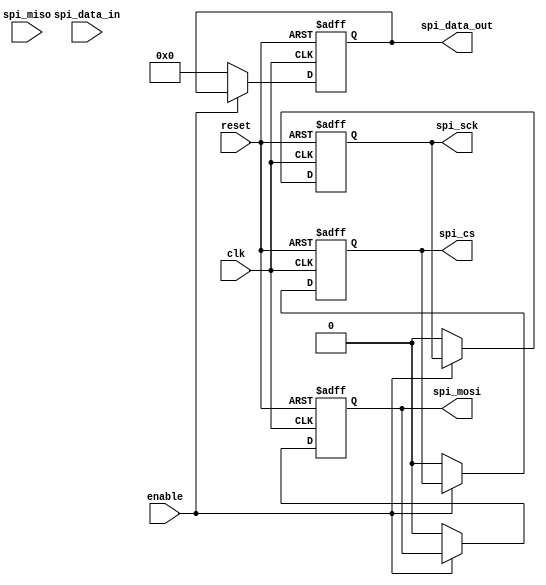
module SPI_Controller (
    input wire clk,
    input wire reset,
    input wire enable,
    input wire [7:0] spi_data_in,
    output reg [7:0] spi_data_out,
    output reg spi_cs,
    output reg spi_sck,
    output reg spi_mosi,
    input wire spi_miso
);

// Timing control and synchronization blocks

always @(posedge clk or posedge reset) begin
    if (reset) begin
        spi_data_out <= 8'b0;
        spi_cs <= 1'b0;
        spi_sck <= 1'b0;
        spi_mosi <= 1'b0;
    end else begin
        if (enable) begin
            // Data transmission and reception logic goes here
        end else begin
            spi_data_out <= 8'b0;
            spi_cs <= 1'b0;
            spi_sck <= 1'b0;
            spi_mosi <= 1'b0;
        end
    end
end

endmodule